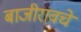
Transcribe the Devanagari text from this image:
बाजीरावचे